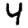
Digit: 4